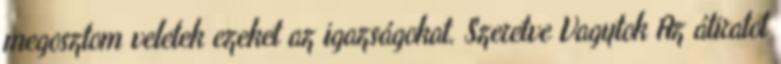
megosztom veletek ezeket az igazságokat. Szeretve Vagytok Az átiratot